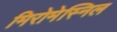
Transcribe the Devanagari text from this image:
मिरोमेस्निल